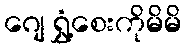
ဂျေ ရွှံ့စေးကိုမိမိ